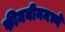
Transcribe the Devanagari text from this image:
फीनयीनमध्ये